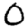
Digit: 0